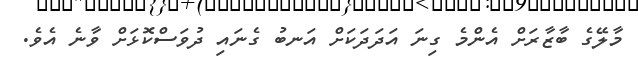
މާލޭގެ ބާޒާރަށް އެންމެ ގިނަ އަދަދަކަށް އަނބު ގެނައި ދުވަސްކޮޅަށް ވާނެ އެވެ.